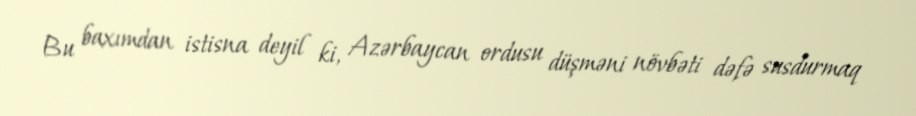
Bu baxımdan istisna deyil ki, Azərbaycan ordusu düşməni növbəti dəfə susdurmaq